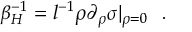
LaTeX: \beta _ { H } ^ { - 1 } = l ^ { - 1 } \rho \partial _ { \rho } \sigma | _ { \rho = 0 } ~ ~ .